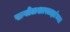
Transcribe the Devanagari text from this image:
खगोलशास्त्रज्ञांच्या